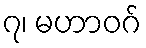
၇၊ မဟာဝဂ်